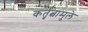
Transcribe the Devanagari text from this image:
कर्तृत्वामुले